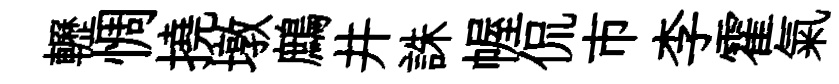
轣惆撓墩鷓井誅幄侃市李霍氣